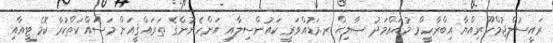
ރައީސުލްޖުމްހޫރިއްޔާ އިބްރާހީމް މުޙައްމަދު ޞާލިޙް ރ.މަޑުއްވަރީ ކައުންސިލާއި އަންހެނުންގެ ތަރައްޤީއަށް މަސައްކަތްކުރާ ކޮމެޓީއާއި